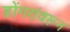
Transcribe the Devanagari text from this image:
डोंगरांवरून